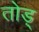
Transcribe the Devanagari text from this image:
तोड़्